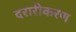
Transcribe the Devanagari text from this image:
दरारीकरण